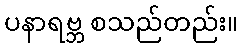
ပနာရဗ္ဘ စသည်တည်း။